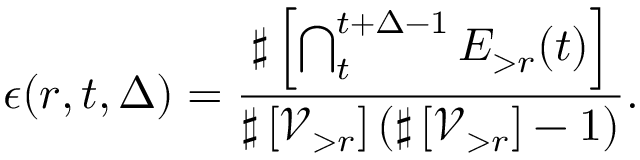
\epsilon ( r , t , \Delta ) = \frac { \sharp \left[ \bigcap _ { t } ^ { t + \Delta - 1 } E _ { > r } ( t ) \right] } { \sharp \left[ \mathscr { V } _ { > r } \right] ( \sharp \left[ \mathscr { V } _ { > r } \right] - 1 ) } .